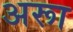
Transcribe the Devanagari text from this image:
अरूा